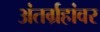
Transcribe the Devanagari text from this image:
अंतर्ग्रहांवर